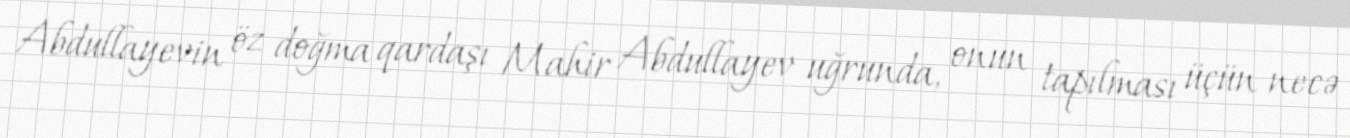
Abdullayevin öz doğma qardaşı Mahir Abdullayev uğrunda, onun tapılması üçün necə